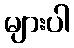
များပါ